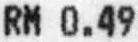
RM 0.49